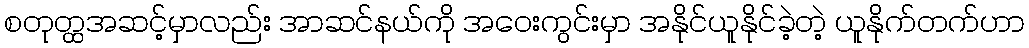
စတုတ္ထအဆင့်မှာလည်း အာဆင်နယ်ကို အဝေးကွင်းမှာ အနိုင်ယူနိုင်ခဲ့တဲ့ ယူနိုက်တက်ဟာ